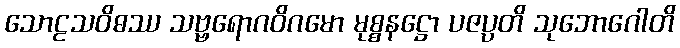
သောဠသဝိဓဿ သဗ္ဗရောဂဝိဂမော မုစ္စနဋ္ဌော ပဇပ္ပတိ သုဘောဂေါတိ